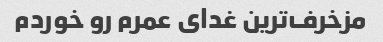
مزخرف‌ترین غدای عمرم رو خوردم